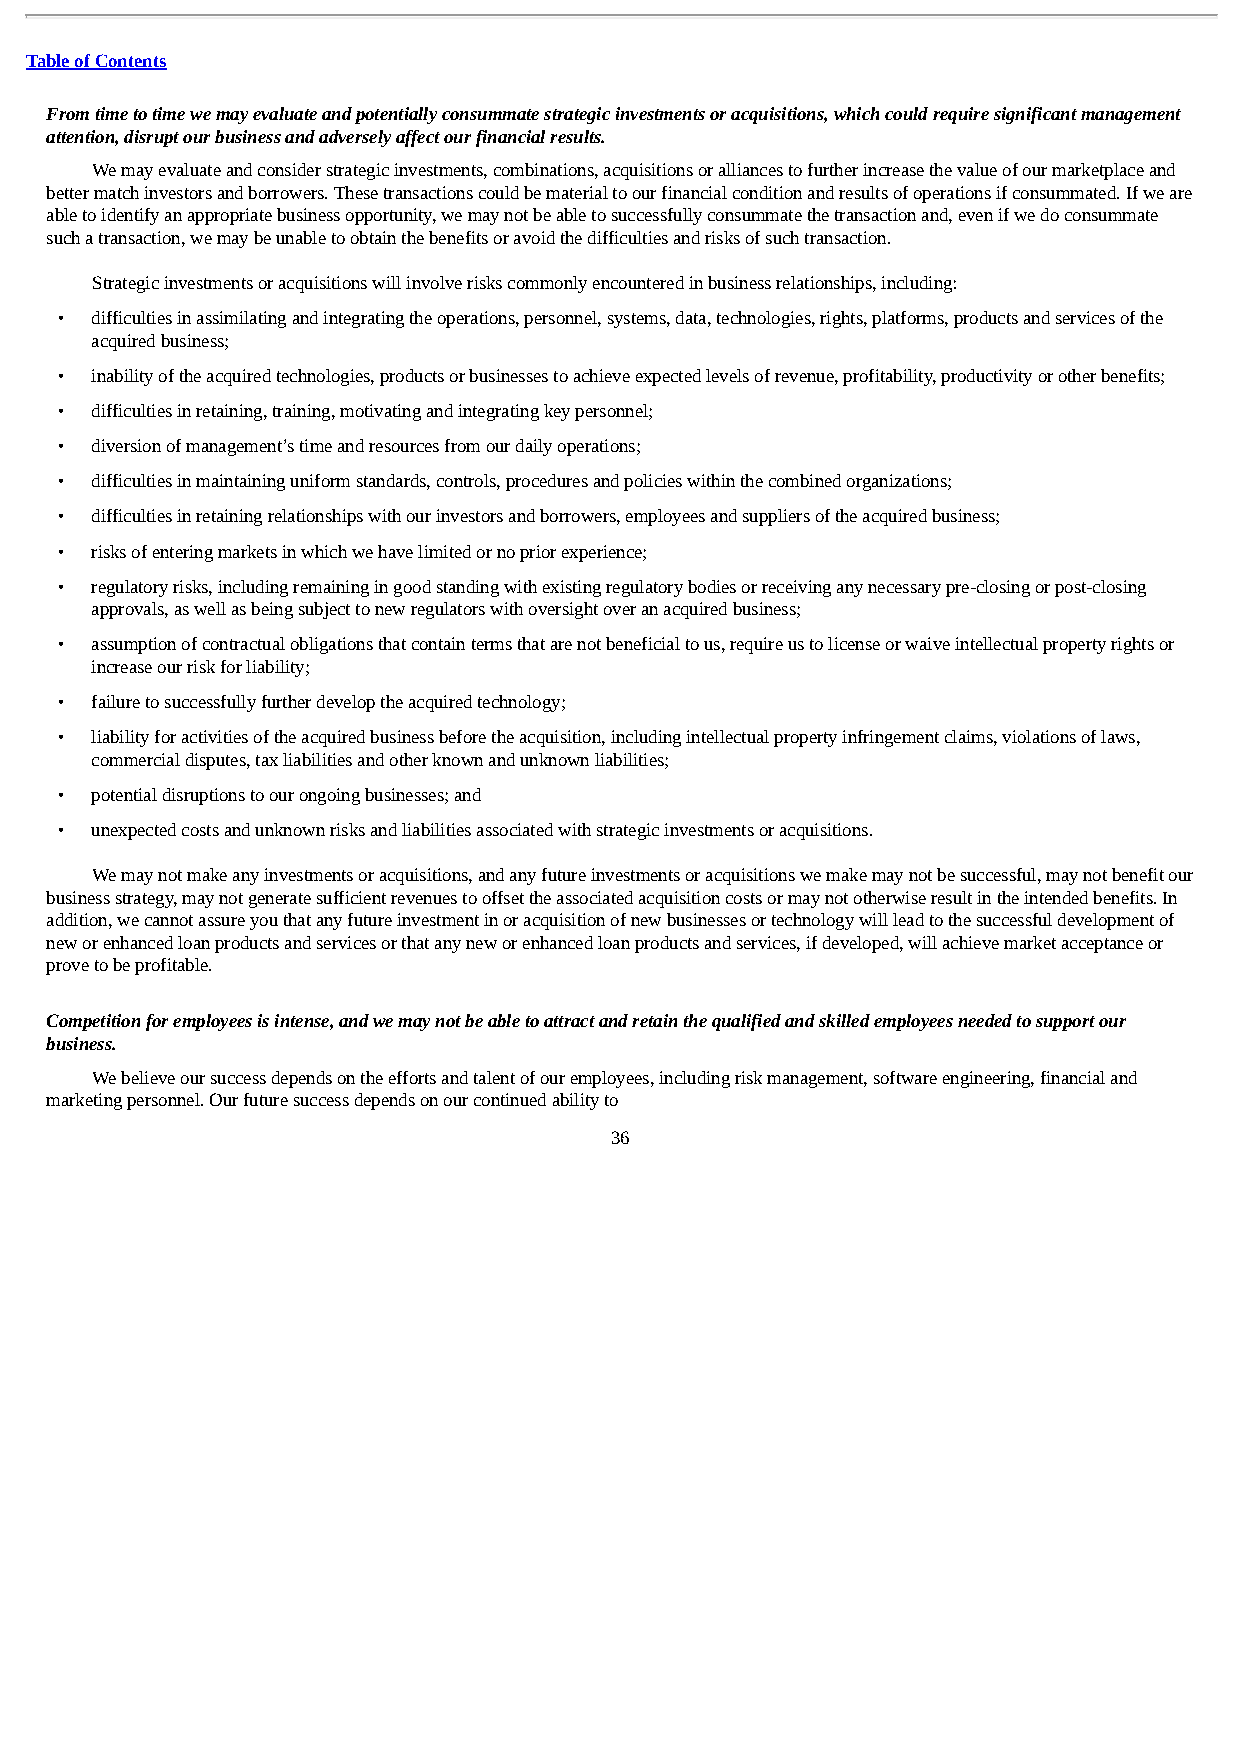
Table of Contents
 From time to time we may evaluate and potentially consummate strategic investments or acquisitions, which could require significant management
 attention, disrupt our business and adversely affect our financial results.
 We may evaluate and consider strategic investments, combinations, acquisitions or alliances to further increase the value of our marketplace and
 better match investors and borrowers. These transactions could be material to our financial condition and results of operations if consummated. If we are
 able to identify an appropriate business opportunity, we may not be able to successfully consummate the transaction and, even if we do consummate
 such a transaction, we may be unable to obtain the benefits or avoid the difficulties and risks of such transaction.
 Strategic investments or acquisitions will involve risks commonly encountered in business relationships, including:
 • difficulties in assimilating and integrating the operations, personnel, systems, data, technologies, rights, platforms, products and services of the
 acquired business;
 • inability of the acquired technologies, products or businesses to achieve expected levels of revenue, profitability, productivity or other benefits;
 • difficulties in retaining, training, motivating and integrating key personnel;
 • diversion of management’s time and resources from our daily operations;
 • difficulties in maintaining uniform standards, controls, procedures and policies within the combined organizations;
 • difficulties in retaining relationships with our investors and borrowers, employees and suppliers of the acquired business;
 • risks of entering markets in which we have limited or no prior experience;
 • regulatory risks, including remaining in good standing with existing regulatory bodies or receiving any necessary pre-closing or post-closing
 approvals, as well as being subject to new regulators with oversight over an acquired business;
 • assumption of contractual obligations that contain terms that are not beneficial to us, require us to license or waive intellectual property rights or
 increase our risk for liability;
 • failure to successfully further develop the acquired technology;
 • liability for activities of the acquired business before the acquisition, including intellectual property infringement claims, violations of laws,
 commercial disputes, tax liabilities and other known and unknown liabilities;
 • potential disruptions to our ongoing businesses; and
 • unexpected costs and unknown risks and liabilities associated with strategic investments or acquisitions.
 We may not make any investments or acquisitions, and any future investments or acquisitions we make may not be successful, may not benefit our
 business strategy, may not generate sufficient revenues to offset the associated acquisition costs or may not otherwise result in the intended benefits. In
 addition, we cannot assure you that any future investment in or acquisition of new businesses or technology will lead to the successful development of
 new or enhanced loan products and services or that any new or enhanced loan products and services, if developed, will achieve market acceptance or
 prove to be profitable.
 Competition for employees is intense, and we may not be able to attract and retain the qualified and skilled employees needed to support our
 business.
 We believe our success depends on the efforts and talent of our employees, including risk management, software engineering, financial and
 marketing personnel. Our future success depends on our continued ability to
 36